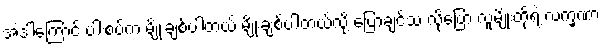
အဲဒါကြောင့် ပါးစပ်က မျိုးချစ်ပါတယ် မျိုးချစ်ပါတယ်လို့ ပြောချင်သ လို့ပြော လူမျိုးတို့ရဲ့ လက္ခဏာ